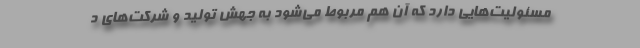
مسئولیت‌هایی دارد که آن هم مربوط می‌شود به جهش تولید و شرکت‌های د